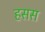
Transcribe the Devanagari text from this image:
हसस